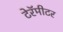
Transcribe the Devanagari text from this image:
टेरॅमीटर